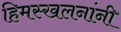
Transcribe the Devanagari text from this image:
हिमस्खलनांनी